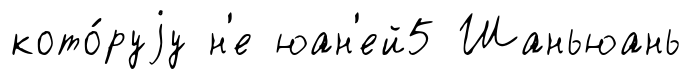
кото́руjу н'е юан'ей5 Шаньюань